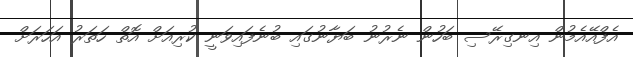
އެފްއޭއެމުން އިނގިރޭސި ބަހުން ނެރުނު ބަޔާނުގައި ބުނެފައިވަނީ ކުރިއަށް އޮތް ހަތަރު އަހަރަށް